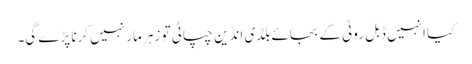
کیا انہیں ڈبل روٹی کے بجائے بلڈی انڈین چپاٹی تو زہر مار نہیں کرنا پڑے گی۔